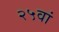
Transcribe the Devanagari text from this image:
२५वां